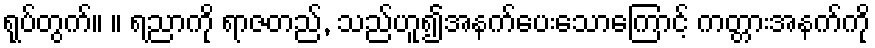
ရုပ်တွက်။ ။ ရညာကို ရာဇတည်, သည်ဟူ၍အနက်ပေးသောကြောင့် ကတ္တားအနက်ကို